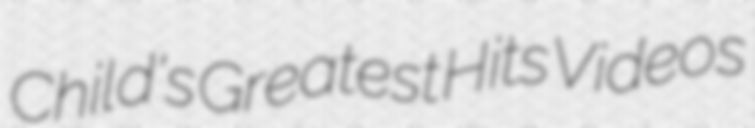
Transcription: Child's Greatest Hits Videos